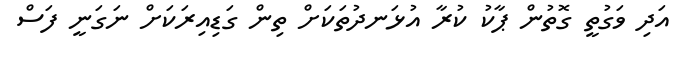
އަދި ވަގުތީ ގޮތުން ޕާކު ކުރާ އުޅަނދުތަކަށް ތިން ގަޑިއިރަކަށް ނަގަނީ ފަސް